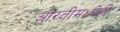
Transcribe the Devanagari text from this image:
आरतीमध्येही